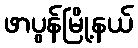
ဖာပွန်မြို့နယ်